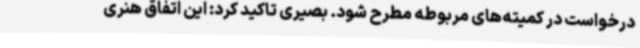
درخواست در کمیته‌های مربوطه مطرح شود. بصیری تاکید کرد: این اتفاق هنری